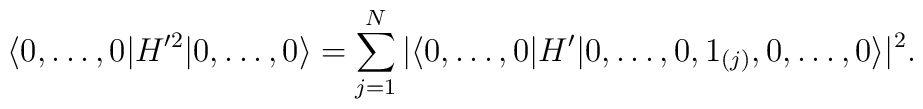
\langle0,\ldots,0\vert H'^2\vert0,\ldots,0\rangle=\sum_{j=1}^N\vert\langle0,\ldots,0\vert H'\vert0,\ldots,0,1_{(j)},0,                   \ldots,0\rangle\vert^2.